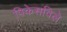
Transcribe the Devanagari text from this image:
पिकेसविले